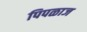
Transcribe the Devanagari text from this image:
पिपळाज